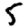
Digit: 5